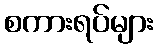
စကားရပ်များ